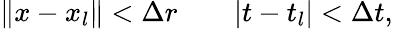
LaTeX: \left\| x-x_{l}\right\| <\Delta r\quad\mathrm{\quad}|t-t_{l}|<\Delta t,